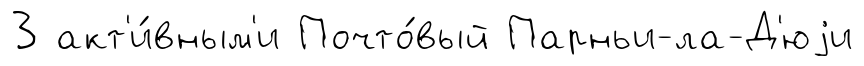
3 акт'и́вным'и Почто́вый Парньи-ла-Д'юjи